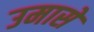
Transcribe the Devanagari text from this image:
उमासे